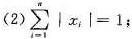
(2) $$\sum _ { i = 1 } ^ { n } | x _ { 1 } | = 1$$;